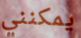
يمكنني